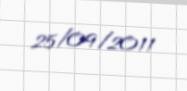
25/09/2011